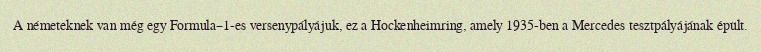
A németeknek van még egy Formula–1-es versenypályájuk, ez a Hockenheimring, amely 1935-ben a Mercedes tesztpályájának épült.